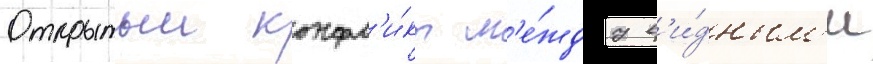
Открытыи конфл'и́кт м'е́жду в'и́дным'и